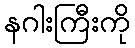
နဂါးကြီးကို